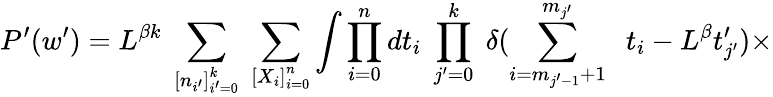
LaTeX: P^{\prime}(w^{\prime})=L^{\beta k}\; \sum_{\left[n_{i^{\prime}}\right]_{i^{\prime}=0}^{k}}\; \sum_{\left[X_{i}\right]_{i=0}^{n}}\int\prod_{i=0}^{n}dt_{i}\; \prod_{j^{\prime}=0}^{k}\; \delta(\sum_{{i}=m_{j^{\prime}-1}+1}^{m_{j^{\prime}}}\; \; t_{i}-L^{\beta}t_{j^{\prime}}^{\prime})\times